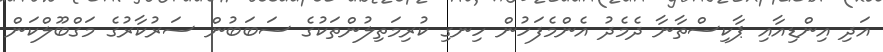
އަދި އިންޑިއާއި ޕާކިސްތާނާ ދެމެދު އެންމެފަހުން ހިނގި ކުރިމަތިލުންތަކުގެ ސަބަބުން ސަރުކާރުގެ މަގްބޫލްކަން